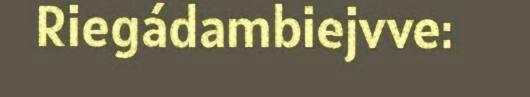
Riegádambiejvve: